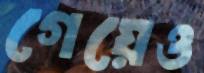
গেয়েও